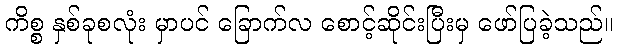
ကိစ္စ နှစ်ခုစလုံး မှာပင် ခြောက်လ စောင့်ဆိုင်းပြီးမှ ဖော်ပြခဲ့သည်။